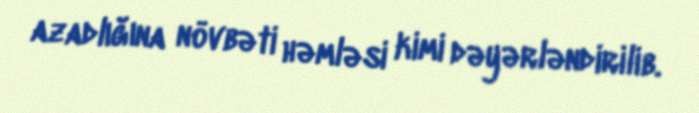
azadlığına növbəti həmləsi kimi dəyərləndirilib.